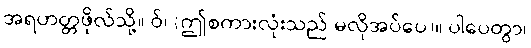
အရဟတ္တဖိုလ်သို့။ ဝ်၊ (ဤစကားလုံးသည် မလိုအပ်ပေ)။ ပါပေတွာ၊